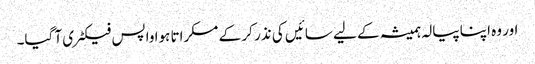
اور وہ اپنا پیالہ ہمیشہ کے لیے سائیں کی نذر کر کے مسکراتا ہوا واپس فیکٹری آ گیا۔